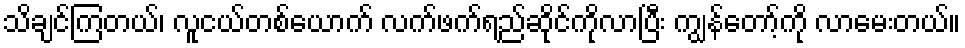
သိချင်ကြတယ်၊ လူငယ်တစ်ယောက် လက်ဖက်ရည်ဆိုင်ကိုလာပြီး ကျွန်တော့်ကို လာမေးတယ်။